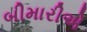
બીમારીએ